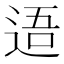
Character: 逜